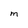
Character: m